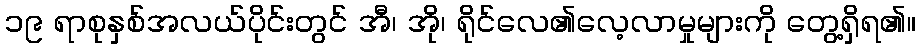
၁၉ ရာစုနှစ်အလယ်ပိုင်းတွင် အီ၊ အို၊ ရိုင်လေ၏လေ့လာမှုများကို တွေ့ရှိရ၏။